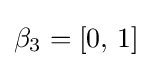
\beta _{3}=[0,\,1]